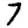
Digit: 7